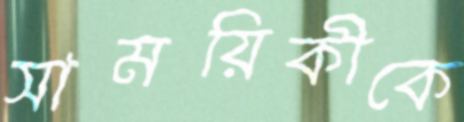
সাময়িকীকে